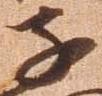
子